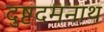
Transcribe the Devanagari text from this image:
दुष्टदमनाथ